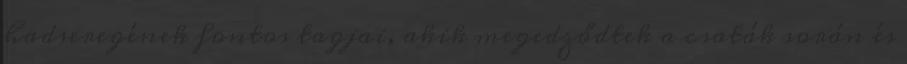
hadseregének fontos tagjai, akik megedződtek a csaták során és